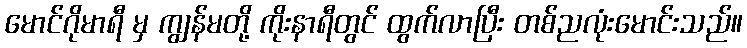
မောင်ဂိုမာရီ မှ ကျွန်မတို့ ကိုးနာရီတွင် ထွက်လာပြီး တစ်ညလုံးမောင်းသည်။